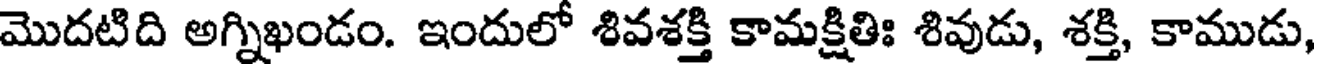
మొదటిది అగ్నిఖండం. ఇందులో శివశక్తి కామక్షితిః శివుడు, శక్తి, కాముడు,